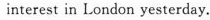
interest in London yesterday.